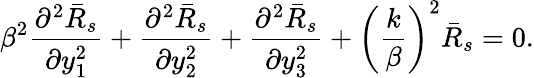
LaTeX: \beta^{2}\frac{\partial^{2}\bar{R}_{s}}{\partial y_{1}^{2}}+\frac{\partial^{2}\bar{R}_{s}}{\partial y_{2}^{2}}+\frac{\partial^{2}\bar{R}_{s}}{\partial y_{3}^{2}}+\left(\frac{k}{\beta}\right)^{2}\bar{R}_{s}=0.